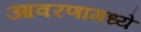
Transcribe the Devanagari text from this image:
आवरणामध्ये